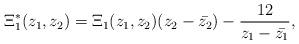
LaTeX: \begin{align*}\Xi^{\ast}_1(z_1,z_2)= \Xi_1(z_1,z_2)(z_2-\bar{z_2}) - \frac{12}{z_1-\bar{z_1}},\end{align*}